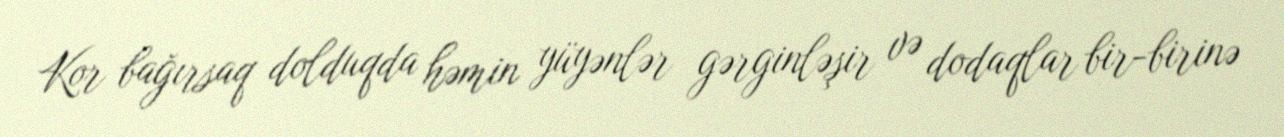
Kor bağırsaq dolduqda həmin yüyənlər gərginləşir və dodaqlar bir-birinə